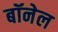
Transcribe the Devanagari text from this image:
बॉनेल